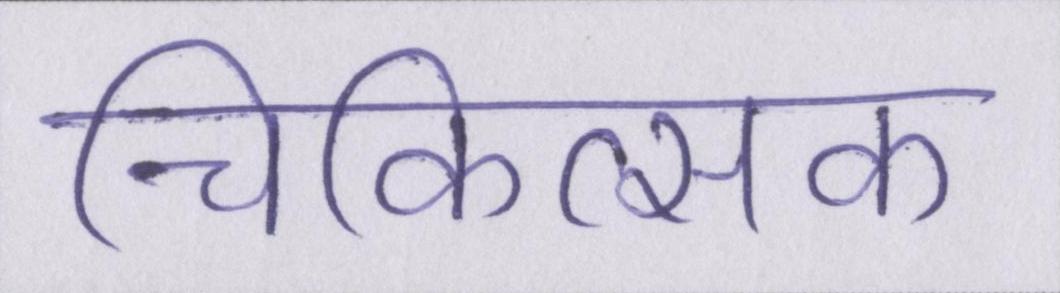
चिकित्सक